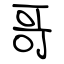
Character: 哥